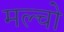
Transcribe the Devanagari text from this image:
मल्चो